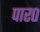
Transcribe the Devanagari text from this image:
पार०